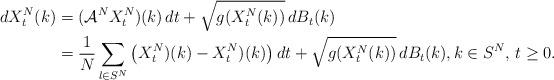
LaTeX: \begin{align*}\begin{aligned}dX^N_t(k)&=(\mathcal A^N X^N_t)(k)\,dt+\sqrt{g(X^N_t(k))}\,dB_t(k)\\&=\frac{1}{N}\sum_{l\in S^N} \big(X^N_t)(k)-X^N_t)(k)\big)\,dt+\sqrt{g(X^N_t(k))}\,dB_t(k),k\in S^N,\, t\geq 0.\end{aligned}\end{align*}